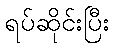
ရပ်ဆိုင်းပြီး